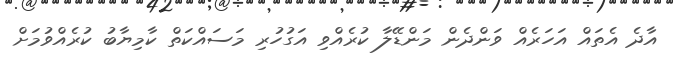
އާދެ އެތައް އަހަރެއް ވަންދެން މަންޑޭލާ ކުރެއްވި އަގުހުރި މަސައްކަތް ކާމިޔާބު ކުރެއްވުމަށް